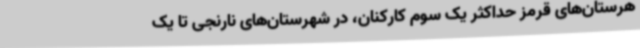
هرستان‌های قرمز حداکثر یک سوم کارکنان، در شهرستان‌های نارنجی تا یک